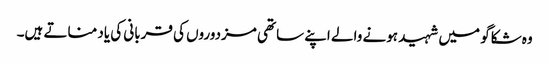
وہ شکاگو میں شہید ہونے والے اپنے ساتھی مزدوروں کی قربانی کی یاد مناتے ہیں۔